Code of medical and sanitary regulations for the guidance of medical officers serving in the Madras Presidency - Volume I
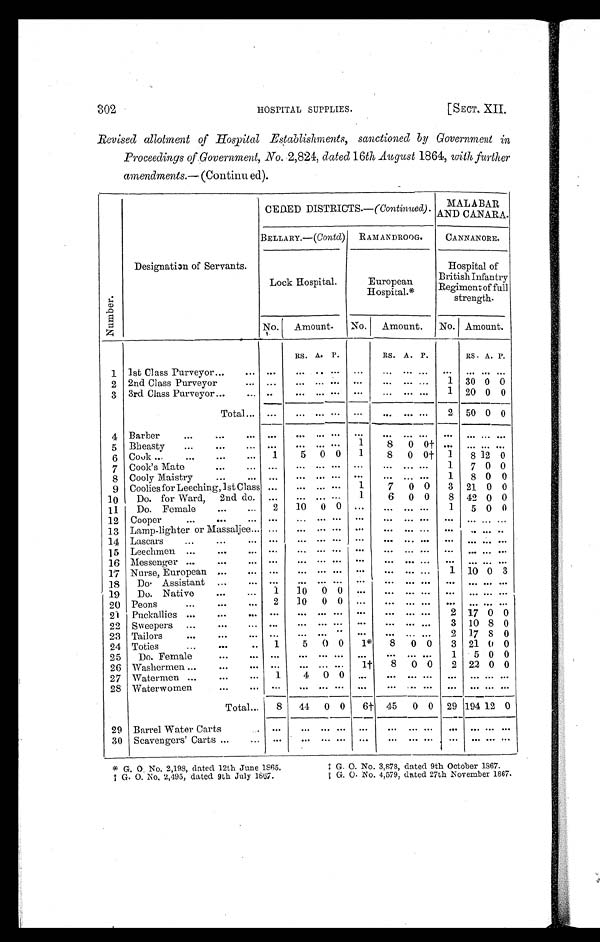
302
HOSPITAL SUPPLIES.
[SECT. XII.
Revised allotment of Hospital Establishments, sanctioned by Government in
Proceedings of Government, No. 2,824, dated 16 th August 1864, with further
amendments. — (Continued).
Numbe r .
Designation of Servants.
CEDED DISTRICTS.—(Continued). MALABAR
AND CANARA.
BELLARY.—( Contd) RAMANDROOG.
CANNANORE.
Lock Hospital.
European
Hospital.*
Hospital of
British Infantry
Regiment of full
strength.
No. Amount.
No. Amount.
No. Amount.
RS. A. P.
RS. A. P.
RS A. P.
1 1st Class Purveyor ...
. . .
. . .
. . . . . .
. . .
. . .
. . . . . . . . .
. . .
. . . . . . . . .
2 2nd Class Purveyor
... ...
. . . . . .
. . .
. . . ... ... ...
1 30 0 0
3 3rd Class Purveyor ...
. . . . . .
. . . . . .
. . . ...
... ... ...
1 20 0 0
Total . . . ...
. . . . . .
. . .
. . .
. . . . . . . . . 2 50 0 0
4 Barber
...
...
. . . ...
. . . . . .
. . .
. . .
. . . . . . . . .
. . .
. . . . . .
. . .
5 Bheasty
. . .
...
. . . . . .
. . .
. . . . . .
1
8 0
0 † ... ... ... ...
6 Cook ...
...
...
. . . 1
5
0 0
1
8 0
0 † 1
8 12 0
7 Cook's Mate
...
... ...
. . .
. . . . . .
. . .
. . . . . .
. . . 1
7 0 0
8 Cooly Maistry
...
... ...
. . . . . . . . .
. . .
. . . . . .
. . . 1
8 0 0
9 Coolies for Leeching, 1st Class ...
. . .
. . . . . .
1
7 0 0
3 21 0 0
10
Do. for Ward, 2nd do. ...
. . .
. . . . . .
1
6 0 0
8 42 0 0
11
Do. Female
...
...
2
10 0 0 ...
. . . . . . . . . 1
5 0 0
12 Cooper
...
...
. . .
. . . ... ... ... ...
. . . . . . . . .
. . .
. . . . . . . . .
13 Lamp-lighter or Massaljee ... ...
. . . . . . . . .
. . .
. . . . . . . . .
. . .
. . . . . .
. . .
14 Lascars
...
...
. . .
. . .
... ... ... ...
. . . . . . . . .
. . .
. . . . . .
. . .
15 Leechmen
. . . ...
. . .
. . .
. . . . . . . . .
. . .
. . . . . . . . .
. . .
. . . . . .
. . .
16 Messenger ...
...
. . .
. . .
. . . . . . . . .
. . .
. . . . . . . . .
. . .
. . . . . .
. . .
17 Nurse, European ...
. . .
. . .
. . . . . . . . .
. . .
. . . . . . . . .
1 10 0 3
18
Do. Assistant ...
... ...
. . . . . . . . .
. . .
. . . . . . . . .
. . .
. . . . . . . . .
19
Do. Native
...
...
1
10 0 0 ...
. . . . . . . . .
. . .
. . . . . . . . .
20 Peons
. . . ...
... 2
10 0 0 ...
. . . . . . . . .
. . .
. . . . . . . . .
21 Puckallies ...
...
. . .
. . .
. . . . . . . . .
. . .
. . . ... ...
2 17 0 0
22 Sweepers ...
...
. . .
. . .
. . . . . . . . .
. . .
. . . . . . . . .
3 10 8 0
23 Tailors
...
...
. . .
. . .
. . . . . . . . .
. . .
. . . . . . . . .
2 17 8 0
24 Toties
...
...
... 1
5 0 0
1*
8
0 0
3 21 0 0
25
Do. Female
...
. . .
. . .
. . . . . . . . .
. . .
. . . . . .
. . . 1
5 0 0
26 Washermen ...
...
. . .
. . . ... ... ...
1 †
8 0 0
2 22 0 0
27 Watermen ...
...
...
1
4 0 0
. . .
. . . . . .
. . .
. . .
. . . . . . . . .
28 Waterwomen
...
. . .
. . .
. . . . . . . . .
. . .
. . .
. . .
. . .
. . .
. . . . . . . . .
Barrel Water Carts
Total ...
8
44 0 0
6 † 45 0 0 29 194 12 0
29
. . .
. . .
... ...
. . .
...
. . . . . .
. . .
. . .
. . . . . . . . .
30 Scavengers' Carts ...
. . .
. . .
. . . . . .
. . .
. . .
. . . . . .
. . .
. . .
. . . . . . . . .
* G. O. No. 2,198, dated 12th June 1865.
† G. O. No. 2,495, dated 9th July 1867.
‡ G. O. No. 3,878, dated 9th October 1867.
║ G. O. No. 4,579, dated 27th November 1867.